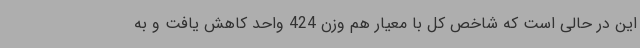
این در حالی است که شاخص کل با معیار هم وزن 424 واحد کاهش یافت و به